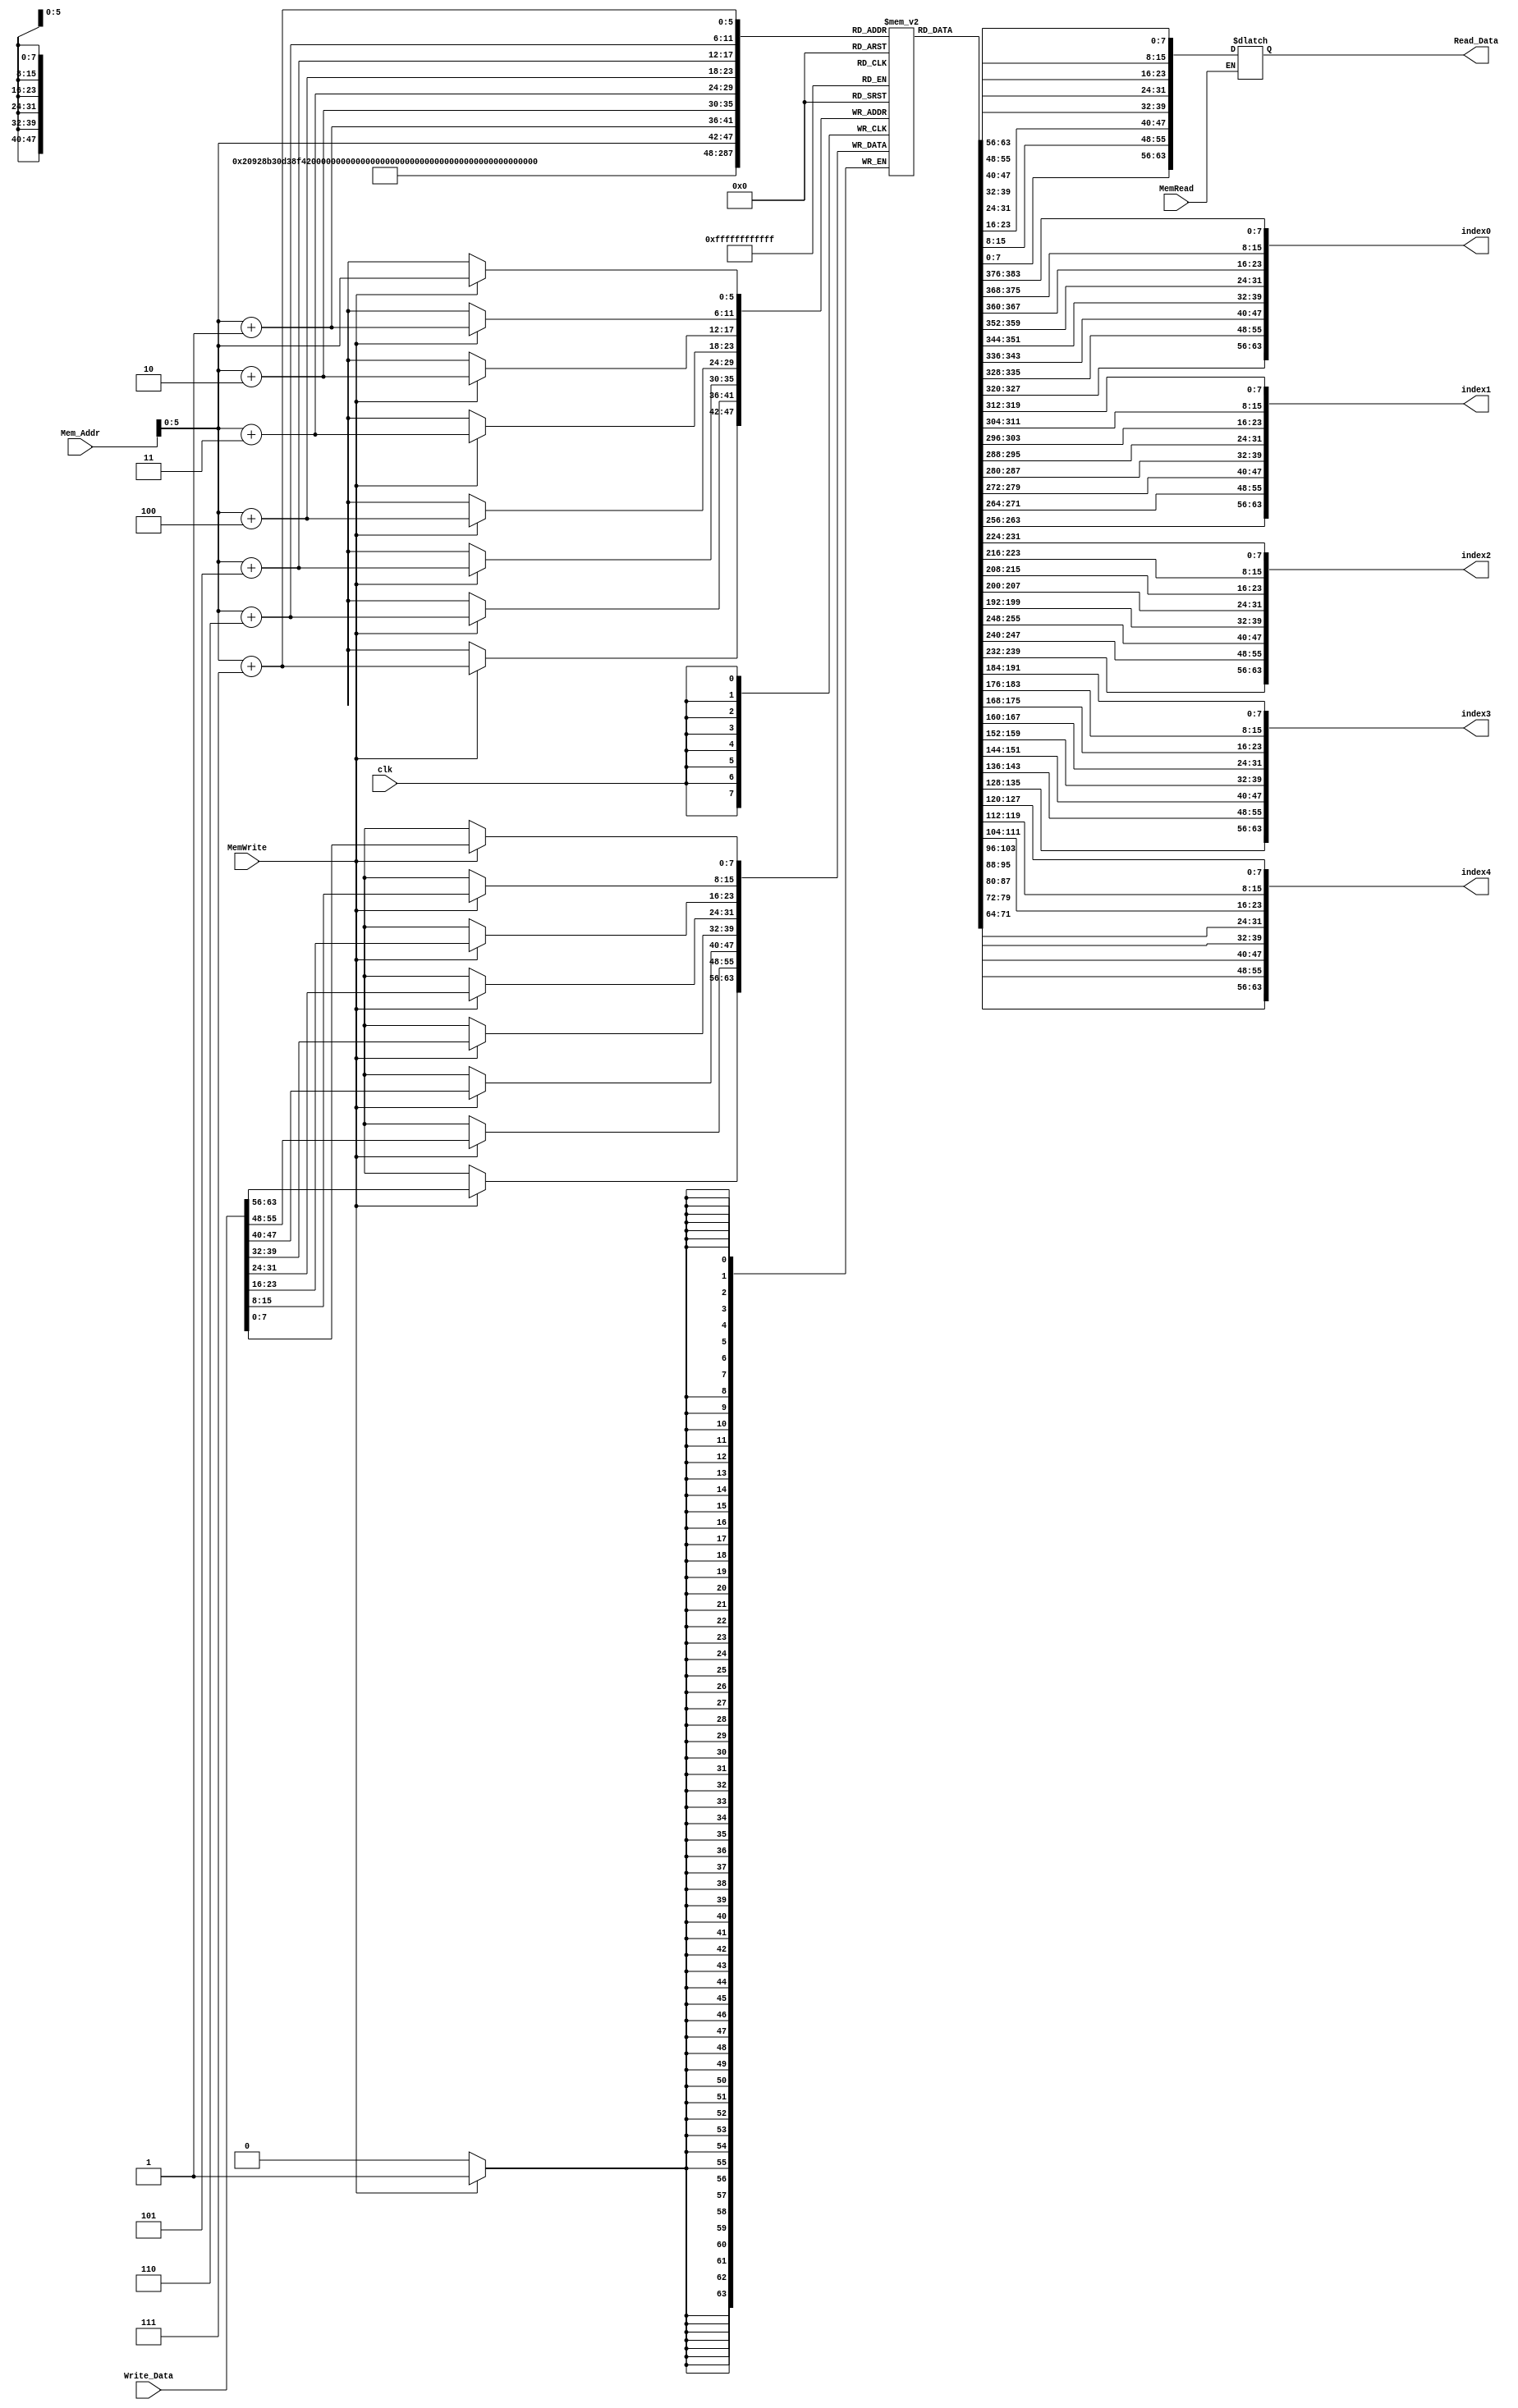
`timescale 1ns / 1ps
//////////////////////////////////////////////////////////////////////////////////
// Company: 
// Engineer: 
// 
// Design Name: 
// Module Name: Data_Memory
// Project Name: 
// Target Devices: 
// Tool Versions: 
// Description: 
// 
// Dependencies: 
// 
// Revision:
// Revision 0.01 - File Created
// Additional Comments:
// 
//////////////////////////////////////////////////////////////////////////////////

module Data_Memory
(
    input [63:0] Mem_Addr,
    input [63:0] Write_Data,
    input clk, MemWrite, MemRead,
    output reg [63:0] Read_Data,
    
    output [63:0] index0,
    output [63:0] index1,
    output [63:0] index2,
    output [63:0] index3,
    output [63:0] index4
);

// Initializing Data Memory
reg [7:0] DataMemory [63:0];
integer i;
initial begin
    for(i = 0; i < 64; i = i + 1) begin
        DataMemory[i] = 0;
    end
    
    // Storing values to be sorted
    DataMemory[8] = 8'd30;
    DataMemory[16] = 8'd13;
    DataMemory[24] = 8'd9;
    DataMemory[32] = 8'd3;
    DataMemory[40] = 8'd5;
    
end

// Storing values according array index
assign index0 = {DataMemory[15],DataMemory[14],DataMemory[13],DataMemory[12],DataMemory[11],DataMemory[10],DataMemory[9],DataMemory[8]};
assign index1 = {DataMemory[23],DataMemory[22],DataMemory[21],DataMemory[20],DataMemory[19],DataMemory[18],DataMemory[17],DataMemory[16]};
assign index2 = {DataMemory[31],DataMemory[30],DataMemory[29],DataMemory[28],DataMemory[27],DataMemory[26],DataMemory[25],DataMemory[24]};
assign index3 = {DataMemory[39],DataMemory[38],DataMemory[37],DataMemory[36],DataMemory[35],DataMemory[34],DataMemory[33],DataMemory[32]};
assign index4 = {DataMemory[47],DataMemory[46],DataMemory[45],DataMemory[44],DataMemory[43],DataMemory[42],DataMemory[41],DataMemory[40]};


// Whem MemRead DataMemory read
always @ (*) begin
    if (MemRead)
        Read_Data = {DataMemory[Mem_Addr+7],DataMemory[Mem_Addr+6],DataMemory[Mem_Addr+5],DataMemory[Mem_Addr+4],DataMemory[Mem_Addr+3],DataMemory[Mem_Addr+2],DataMemory[Mem_Addr+1],DataMemory[Mem_Addr]};
end

    
always @ (posedge clk) begin
    // Whem MemWrite data written to memory
    if (MemWrite) begin
        DataMemory[Mem_Addr] = Write_Data[7:0];
        DataMemory[Mem_Addr+1] = Write_Data[15:8];
        DataMemory[Mem_Addr+2] = Write_Data[23:16];
        DataMemory[Mem_Addr+3] = Write_Data[31:24];
        DataMemory[Mem_Addr+4] = Write_Data[39:32];
        DataMemory[Mem_Addr+5] = Write_Data[47:40];
        DataMemory[Mem_Addr+6] = Write_Data[55:48];
        DataMemory[Mem_Addr+7] = Write_Data[63:56];
    end
end
endmodule